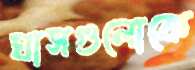
ঘাসগুলোকে